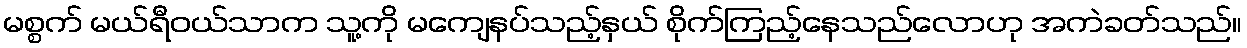
မစ္စက် မယ်ရီဝယ်သာက သူ့ကို မကျေနပ်သည့်နှယ် စိုက်ကြည့်နေသည်လောဟု အကဲခတ်သည်။